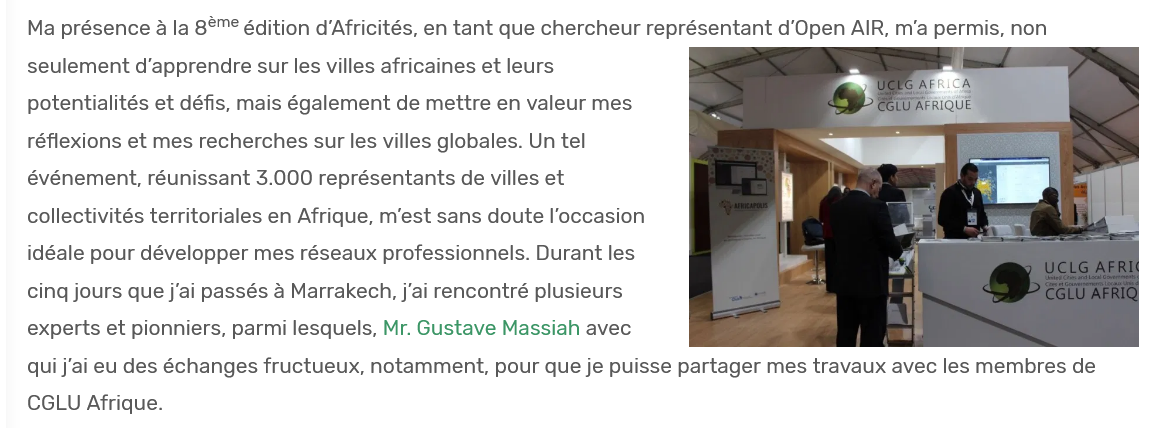
Ma présence a la 8®® édition d’Africités, en tant que chercheur représentant d’Open AIR, m’a permis, non
   seulement d’apprendre sur les villes africaines et leurs
   potentialités et défis, mais également de mettre en valeur mes
   réflexions et mes recherches sur les villes globales. Un tel
   événement, réunissant 3.000 représentants de villes et
   collectivités territoriales en Afrique, m’est sans doute l'occasion
   idéale pour développer mes réseaux professionnels. Durant les
   cing jours que j‘ai passés a Marrakech, j'ai rencontré plusieurs
   experts et pionniers, parmi lesquels, Mr. Gustave Massiah avec

   qui j'ai eu des échanges fructueux, notamment, pour que je puisse partager mes travaux avec les membres de
   CGLU Afrique.

     a    —_——
     ee